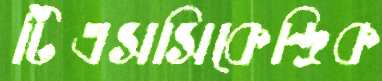
টিএসসিকেন্দ্রিক